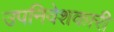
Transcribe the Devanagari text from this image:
उपनिवेशकारी